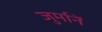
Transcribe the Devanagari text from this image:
जुर्मानें